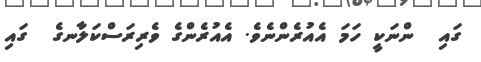
ގައި  ންނަކީ ހަމަ އެއުރެންނެވެ. އެއުރެންގެ ވެރިރަސްކަލާނގެ  ގައި